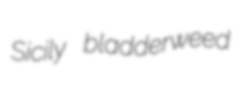
Sicily bladderweed